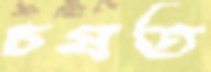
চষত